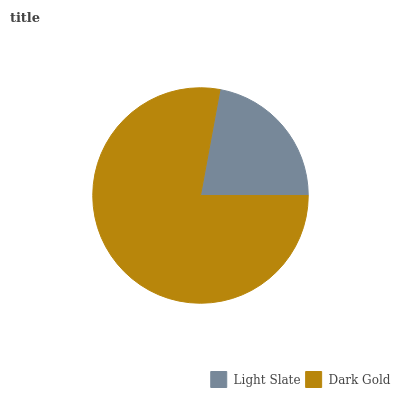
| Light Slate | Dark Gold |
 | --- | --- |
 | 22.1% | 77.9% |